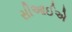
સીઆઈએ